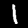
Label: 1